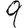
Digit: 9